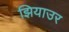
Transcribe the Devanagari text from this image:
झियाउर